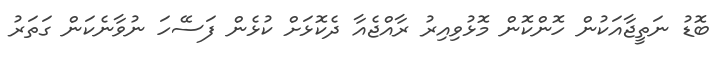
ބޮޑު ނަތީޖާއަކުން ހޮންކޮން މޮޅުވިއިރު ރާއްޖެއާ ދެކޮޅަށް ކުޅެން ފަސޭހަ ނުވާނެކަން ގަތަރު